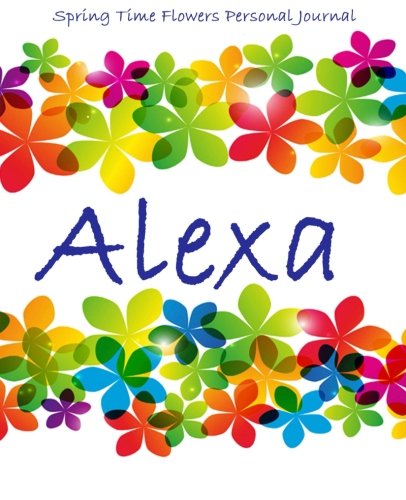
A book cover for Spring Time Flowers Personal Journal - Alexa; Kooky Journal Lovers; Business & Money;